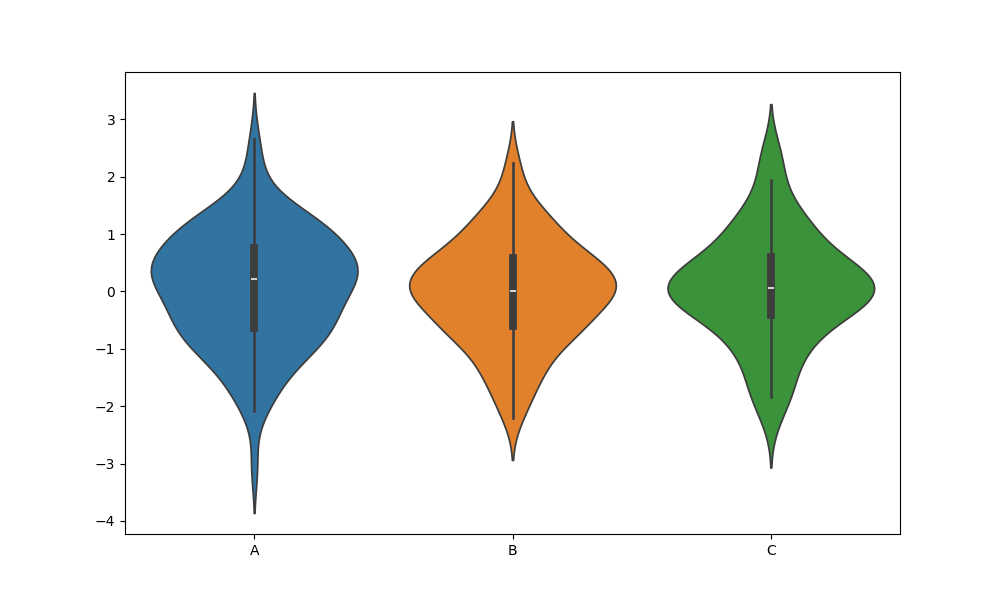
python, seaborn, violinplot, scale='count', split='False', inner='box', fill='True'